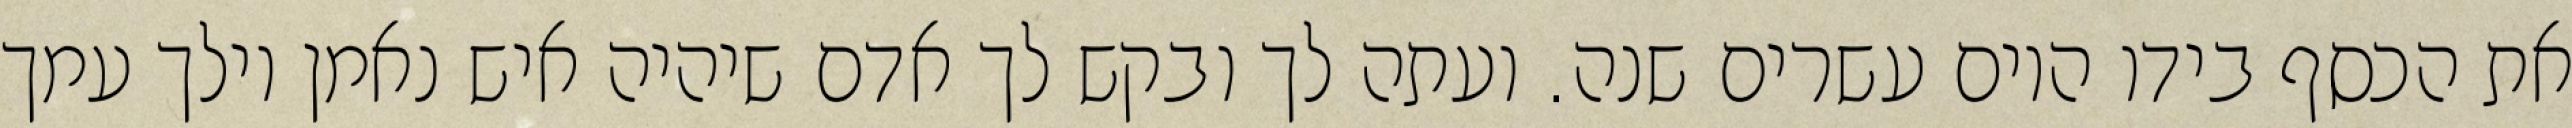
את הכסף בידו היום עשרים שנה. ועתה לך ובקש לך אדם שיהיה איש נאמן וילך עמך